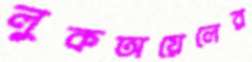
লুকঅয়েলের